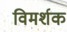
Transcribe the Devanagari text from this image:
विमर्शक